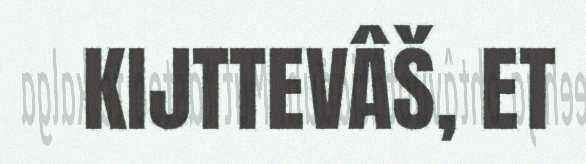
KIJTTEVÂŠ, ET